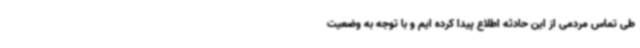
طی تماس مردمی از این حادثه اطلاع پیدا کرده ایم و با توجه به وضعیت